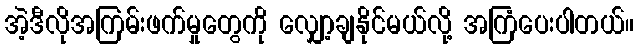
အဲ့ဒီလိုအကြမ်းဖက်မှုတွေကို လျှော့ချနိုင်မယ်လို့ အကြံပေးပါတယ်။